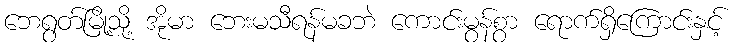
ဘေရွတ်မြို့သို့ အိုမာ ဘေးမသီရန်မခဘဲ ကောင်းမွန်စွာ ရောက်ရှိကြောင်းနှင့်